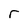
Character: r